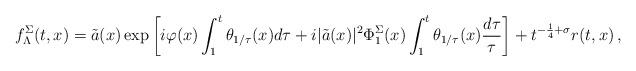
LaTeX: \begin{align*} f^{\Sigma}_{\Lambda}(t,x)=\tilde{a}(x) \exp\left[i\varphi(x) \int_1^t\theta_{1/\tau}(x)d\tau + i|\tilde{a}(x)|^2\Phi^{\Sigma}_1(x)\int_1^t\theta_{1/\tau}(x)\frac{d\tau}{\tau} \right] + t^{-\frac{1}{4}+\sigma}r(t,x)\, ,\end{align*}